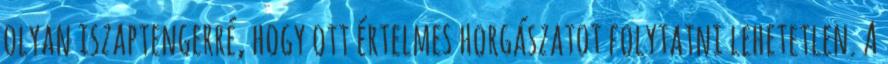
olyan iszaptengerré, hogy ott értelmes horgászatot folytatni lehetetlen. A